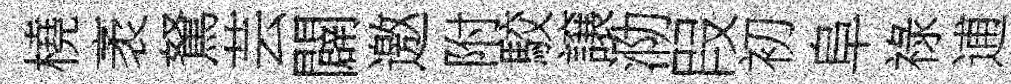
橈袤駑芸闢邀附駮譲泐叚初阜祿逋